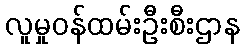
လူမှုဝန်ထမ်းဦးစီးဌာန